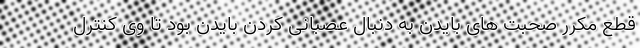
قطع مکرر صحبت های بایدن به دنبال عصبانی کردن بایدن بود تا وی کنترل